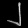
Digit: ၂